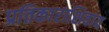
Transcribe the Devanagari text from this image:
प्रतिकाराशिवाय